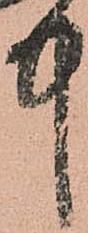
中